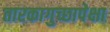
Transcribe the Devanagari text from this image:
तारकागुच्छापेक्षा